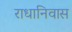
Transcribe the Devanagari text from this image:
राधानिवास